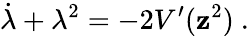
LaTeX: \dot{\lambda}+\lambda^{2}=-2V^{\prime}({\mathbf z}^{2})\ .